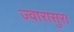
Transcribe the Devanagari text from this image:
ज्वारासुर।